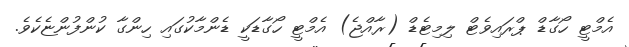
އެމްޓީ ހޯގާޑް ޕްރައިވެޓް ލިމިޓެޑް (ރާއްޖެ) އެމްޓީ ހޯގާޑަކީ ޑެންމާކުގައި ހިންގާ ކުންފުންޏެކެވެ.